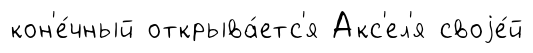
кон'е́чный открыва́етс'я Акс'ел'я своjе́й